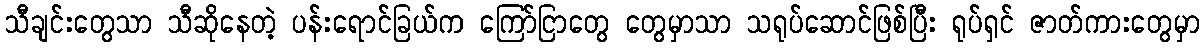
သီချင်းတွေသာ သီဆိုနေတဲ့ ပန်းရောင်ခြယ်က ကြော်ငြာတွေ တွေမှာသာ သရုပ်ဆောင်ဖြစ်ပြီး ရုပ်ရှင် ဇာတ်ကားတွေမှာ